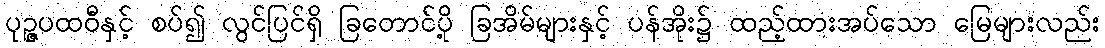
ပုဉ္ဇပထဝီနှင့် စပ်၍ လွင်ပြင်ရှိ ခြတောင်ပို့ ခြအိမ်များနှင့် ပန်အိုး၌ ထည့်ထားအပ်သော မြေများလည်း